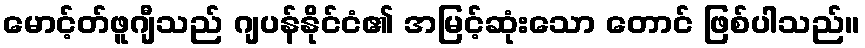
မောင့်တ်ဖူဂျီသည် ဂျပန်နိုင်ငံ၏ အမြင့်ဆုံးသော တောင် ဖြစ်ပါသည်။